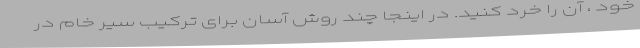
خود ، آن را خرد کنید. در اینجا چند روش آسان برای ترکیب سیر خام در